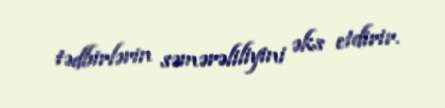
tədbirlərin səmərəliliyini əks etdirir.